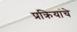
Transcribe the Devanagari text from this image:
प्रक्रियांचे